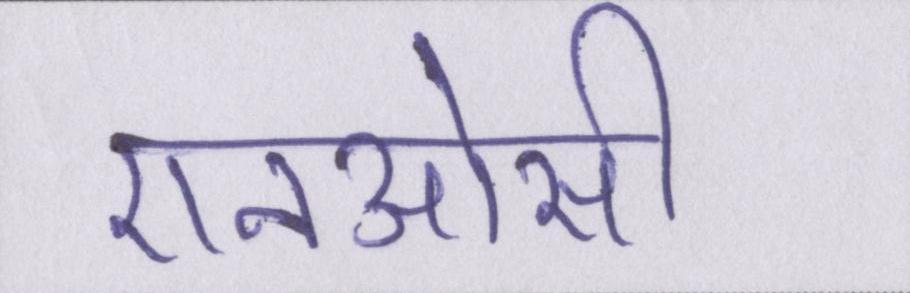
एनओसी